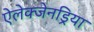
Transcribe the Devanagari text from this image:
ऐलेक्जेनड्रिया